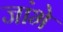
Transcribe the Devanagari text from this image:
जांभे